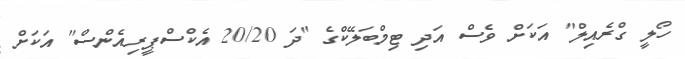
ހޯލީ ގްރެއިލް" އަކަށް ވެސް އަދި ޓިމްބަލޭކްގެ "ދަ 20/20 އެކްސްޕީރިއެންސް" އަކަށް